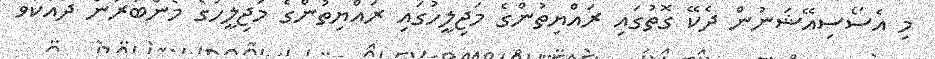
މި އެސޯސިއޭޝަނުން ދެކޭ ގޮތުގައި ރައްޔިތުންގެ މަޖިލީހުގައި ރައްޔިތުންގެ މަޖިލީހުގެ މެންބަރުން ދައްކަވާ